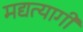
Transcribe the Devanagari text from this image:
मद्यत्यागी